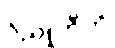
ဝိညူဟီတိ